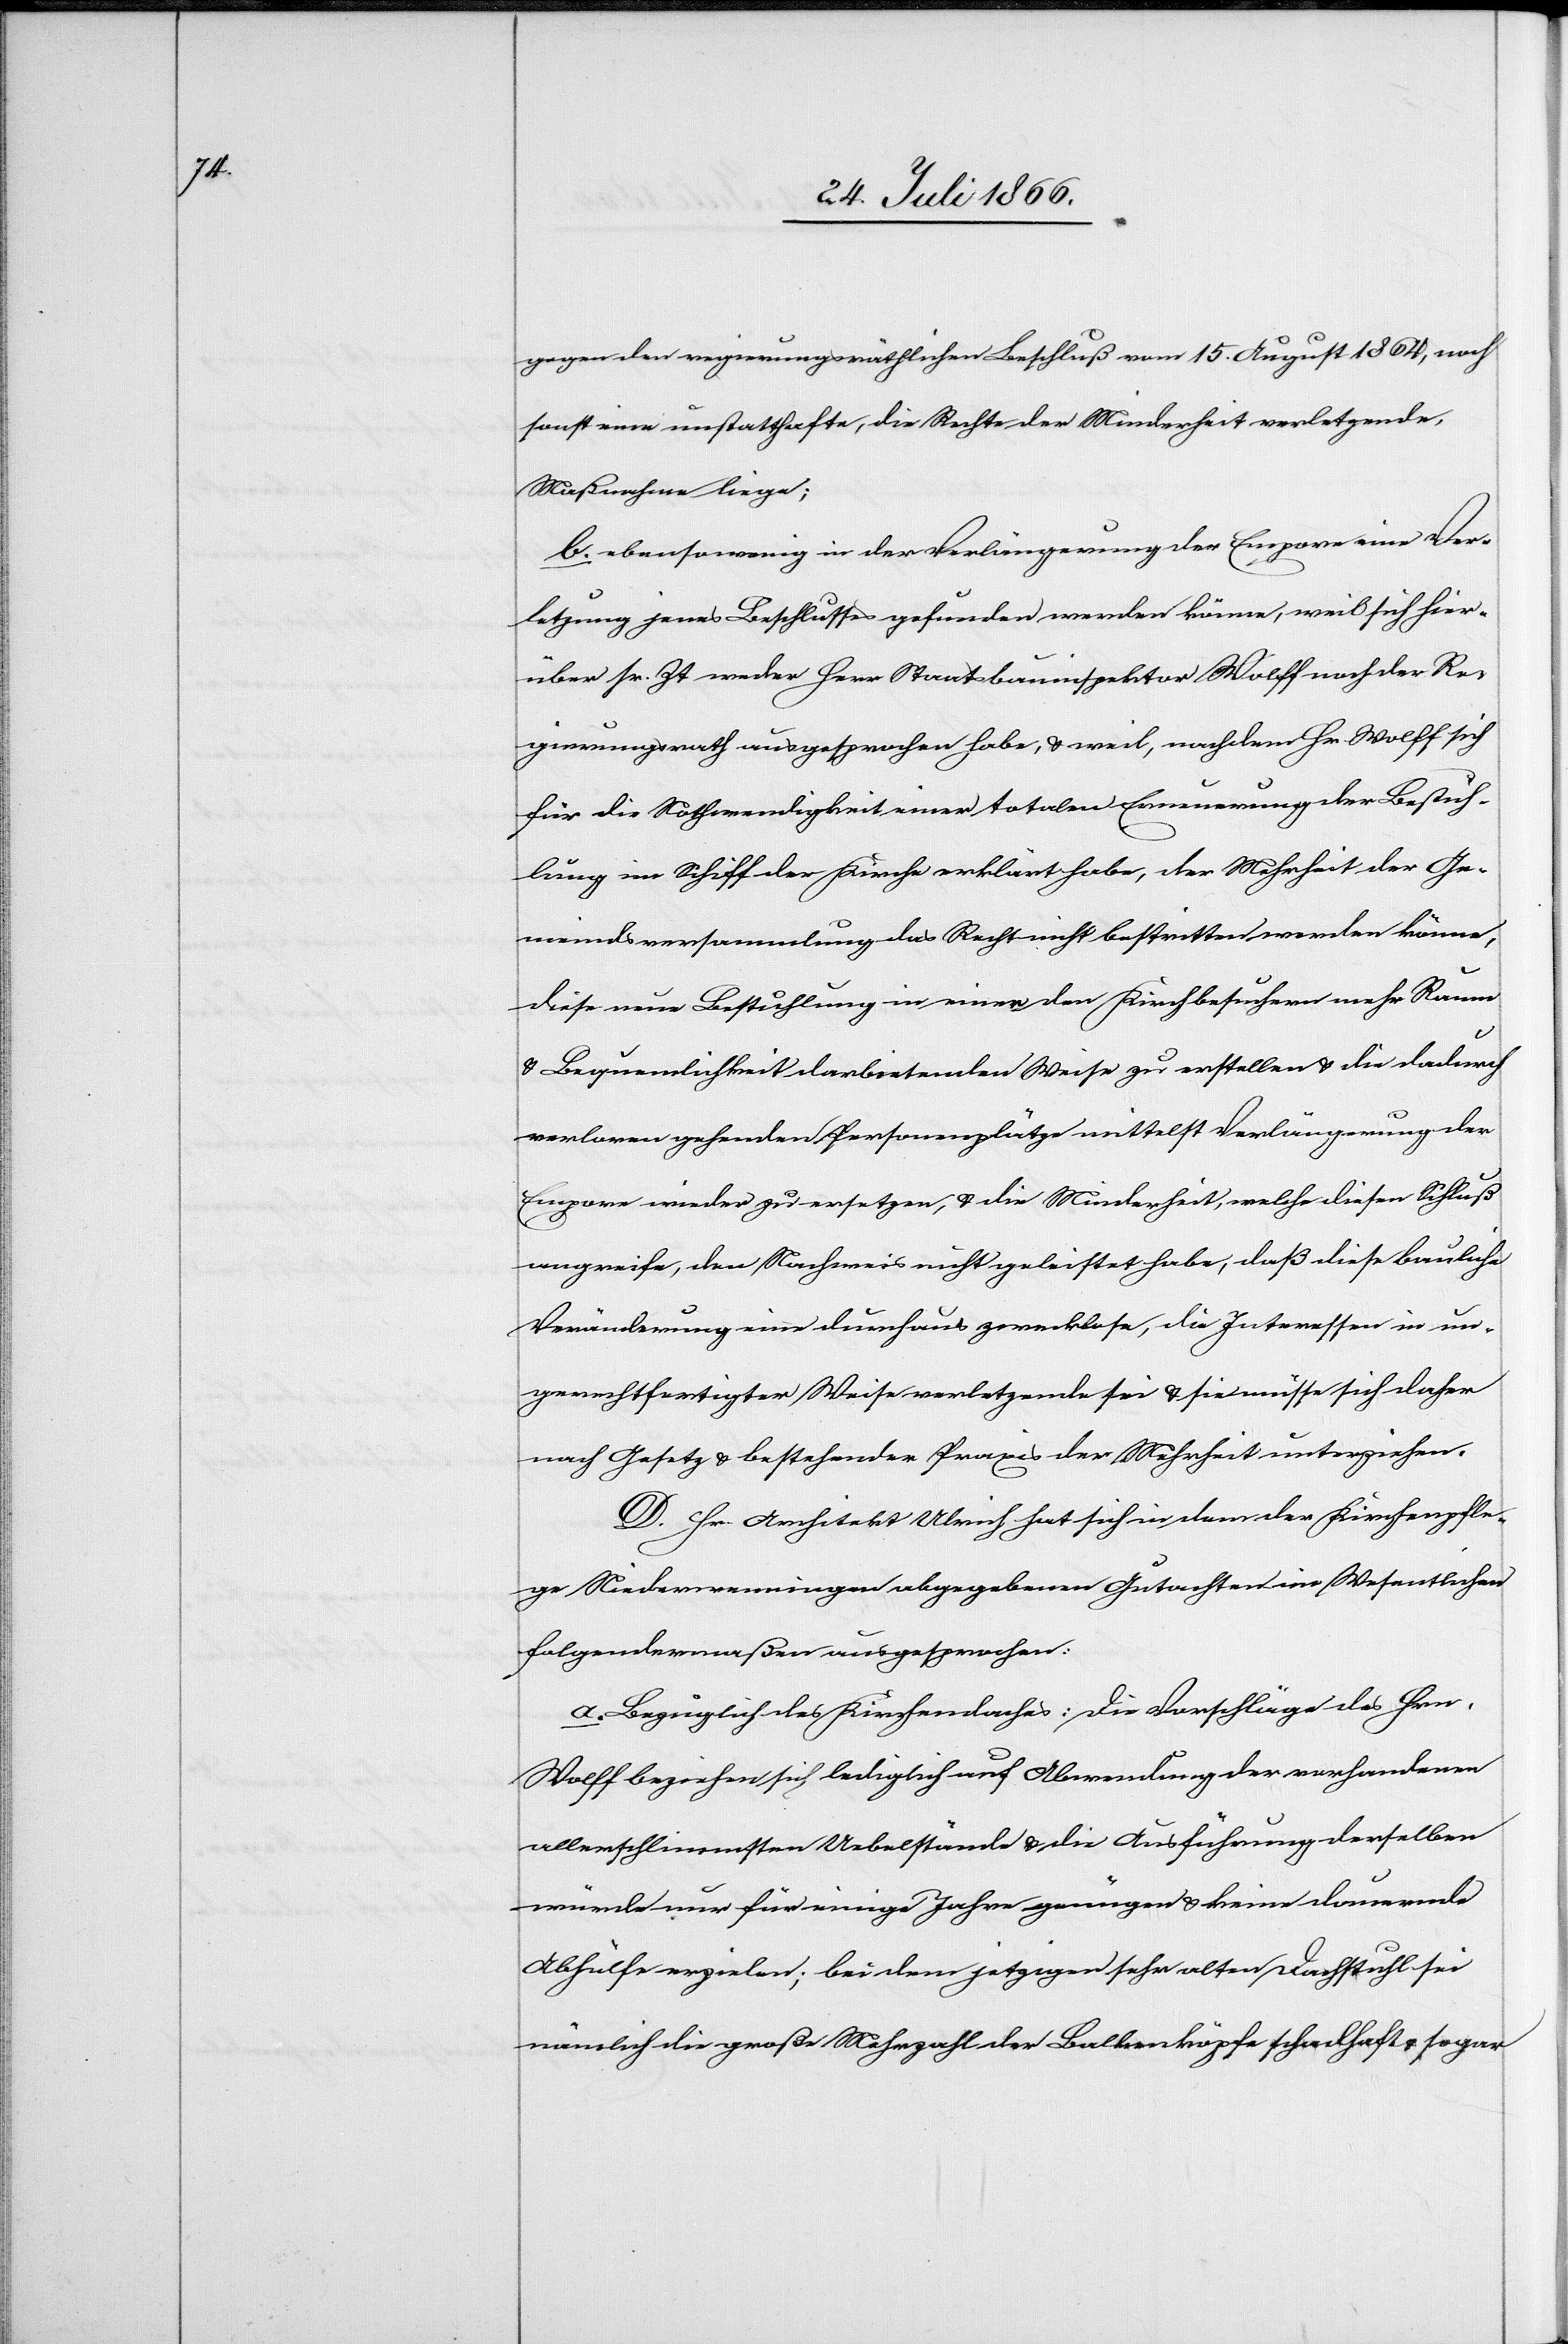
gegen den regierungsräthlichen Beschluß vom 15. August 1864, noch
sonst eine unstatthafte, die Rechte der Minderheit verletzende
Maßnahme liegt;
b. ebensowenig in der Verlängerung der Empore eine Ver¬
letzung jenes Beschlusses gefunden werden könne, weil sich hier¬
über sr. Zt. weder Herr Staatsbauinspektor Wolff noch der Re¬
gierungsrath ausgesprochen habe, u. weil, nachdem Hr. Wolff sich
für die Nothwendigkeit einer totalen Erneuerung der Bestuh¬
lung im Schiff der Kirche erklärt habe, der Mehrheit der Ge¬
meindsversammlung das Recht nicht bestritten werden könne,
diese neue Bestuhlung in einer den Kirchbesuchern mehr Raum
u. Bequemlichkeit darbietenden Weise zu erstellen u. die dadurch
verloren gehenden Personenplätze mittelst Verlängerung der
Empore wieder zu ersetzen, u. die Minderheit, welche diesen Schluß
angreife, den Nachweise nicht geleistet habe, daß diese bauliche
Veränderung eine durchaus zwecklose, die Interessen in un¬
gerechtfertigter Weise verletzende sei u. sie müsse sich daher
nach Gesetz u. bestehender Praxis der Mehrheit unterziehen.
D. Hr. Architekt Ulrich hat sich in dem der Kirchenpfle¬
ge Niederwenningen abgegebenen Gutachten im Wesentlichen
folgendermaßen ausgesprochen:
a. Bezüglich des Kirchendaches: Die Vorschläge des Hrn.
Wolff beziehen sich lediglich auf Abwendung der vorhandenen
allerschlimmsten Uebelstände u. die Ausführung derselben
würde nur für einige Jahre genügen u. keine dauernde
Abhülfe erzielen; bei dem jetzigen sehr alten Dachstuhl sei
nämlich die große Mehrzahl der Balkenköpfe schadhaft u. sogar